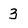
Character: 3